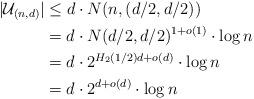
LaTeX: \begin{align*}|\mathcal{U}_{(n,d)}| &\leq d\cdot N(n,(d/2,d/2)) \\&= d\cdot N(d/2,d/2)^{1+o(1)}\cdot\log n \\&= d\cdot 2^{H_{2}(1/2)d+o(d)}\cdot\log n \\&= d\cdot 2^{d+o(d)}\cdot \log n \end{align*}